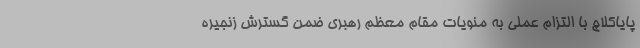
پایاکلاچ با التزام عملی به منویات مقام معظم رهبری ضمن گسترش زنجیره